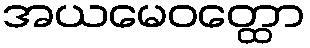
အယမေဝတ္ထော